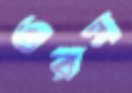
ওরস